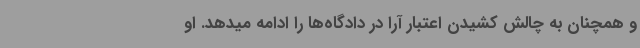
و همچنان به چالش کشیدن اعتبار آرا در دادگاه‌ها را ادامه میدهد. او